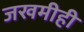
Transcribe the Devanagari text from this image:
जखमीही